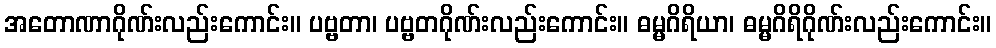
အတောဏာဂိုဏ်းလည်းကောင်း။ ပဗ္ဗတာ၊ ပဗ္ဗတဂိုဏ်းလည်းကောင်း။ ဓမ္မဂိရိယာ၊ ဓမ္မဂိရိဂိုဏ်းလည်းကောင်း။